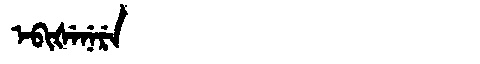
Manchu: ᡝᠪᡳᡧᡝᠨᡝᡵᡝ
Romanization: EBIŠENERE